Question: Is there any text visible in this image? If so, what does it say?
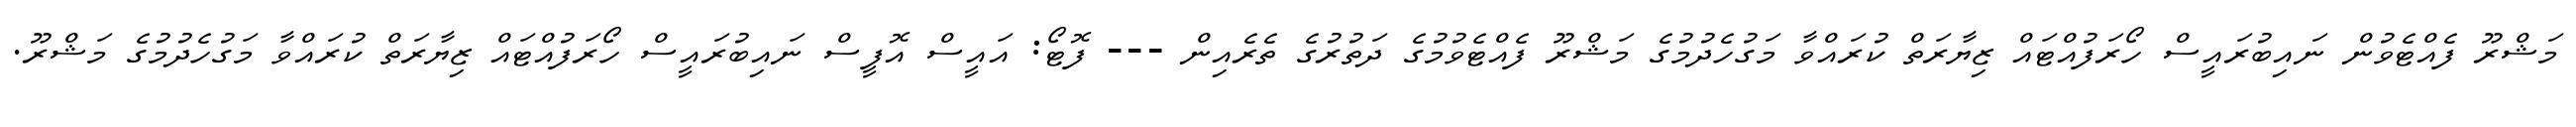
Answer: މަޝްރޫ ފެއްޓެވުން ނައިބުރައީސް ހޯރަފުއްޓައް ޒިޔާރަތް ކުރައްވާ މަގުހެދުމުގެ މަޝްރޫ ފެއްޓެވުމުގެ ދަތުރުގެ ތެރެއިން --- ފޮޓޯ: އައީސް އޮފީސް ނައިބުރައީސް ހޯރަފުއްޓައް ޒިޔާރަތް ކުރައްވާ މަގުހެދުމުގެ މަޝްރޫ.